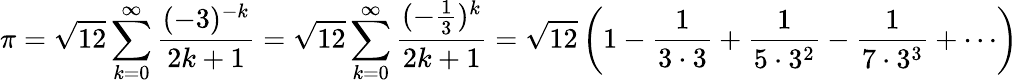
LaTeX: \pi={\sqrt{12}}\sum_{k=0}^{\infty}{\frac{(-3)^{-k}}{2k+1}}={\sqrt{12}}\sum_{k=0}^{\infty}{\frac{(-{\frac{1}{3}})^{k}}{2k+1}}={\sqrt{12}}\left(1-{\frac{1}{3\cdot 3}}+{\frac{1}{5\cdot 3^{2}}}-{\frac{1}{7\cdot 3^{3}}}+\cdots\right)